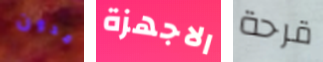
مدون الاجهزة قرحة